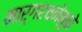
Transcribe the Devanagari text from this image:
मार्गरचनेमुळे